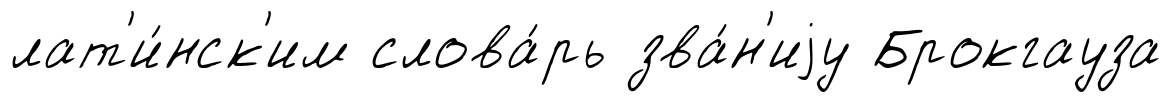
лат'и́нск'им слова́рь зва́н'иjу Брокгауза